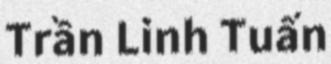
Trần Linh Tuấn